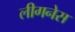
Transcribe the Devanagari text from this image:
लीगनेस